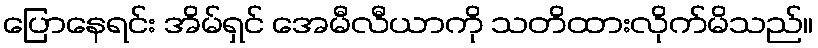
ပြောနေရင်း အိမ်ရှင် အေမီလီယာကို သတိထားလိုက်မိသည်။